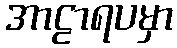
အာဠာရပမှာ